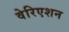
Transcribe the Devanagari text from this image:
वेरिएशन